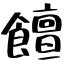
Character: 饘